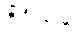
ရှိဦးမည်